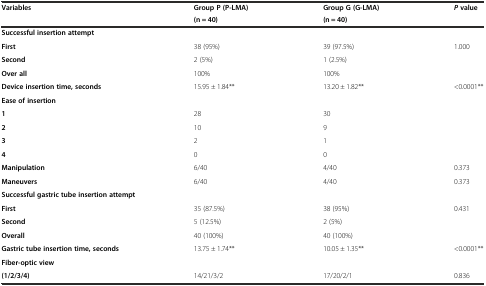
<table><thead><tr><td rowspan="2"><b>Variables</b></td><td><b>Group P (P-LMA)</b></td><td><b>Group G (G-LMA)</b></td><td><b><i>P</i>value</b></td></tr><tr><td><b>(n = 40)</b></td><td><b>(n = 40)</b></td><td></td></tr></thead><tbody><tr><td colspan="4"><b>Successful insertion attempt</b></td></tr><tr><td><b>First</b></td><td>38 (95%)</td><td>39 (97.5%)</td><td>1.000</td></tr><tr><td><b>Second</b></td><td>2 (5%)</td><td>1 (2.5%)</td><td></td></tr><tr><td><b>Over all</b></td><td>100%</td><td>100%</td><td></td></tr><tr><td><b>Device insertion time, seconds</b></td><td>15.95 ± 1.84**</td><td>13.20 ± 1.82**</td><td>&lt;0.0001**</td></tr><tr><td><b>Ease of insertion</b></td><td></td><td></td><td></td></tr><tr><td><b>1</b></td><td>28</td><td>30</td><td></td></tr><tr><td><b>2</b></td><td>10</td><td>9</td><td></td></tr><tr><td><b>3</b></td><td>2</td><td>1</td><td></td></tr><tr><td><b>4</b></td><td>0</td><td>0</td><td></td></tr><tr><td><b>Manipulation</b></td><td>6/40</td><td>4/40</td><td>0.373</td></tr><tr><td><b>Maneuvers</b></td><td>6/40</td><td>4/40</td><td>0.373</td></tr><tr><td colspan="4"><b>Successful gastric tube insertion attempt</b></td></tr><tr><td><b>First</b></td><td>35 (87.5%)</td><td>38 (95%)</td><td>0.431</td></tr><tr><td><b>Second</b></td><td>5 (12.5%)</td><td>2 (5%)</td><td></td></tr><tr><td><b>Overall</b></td><td>40 (100%)</td><td>40 (100%)</td><td></td></tr><tr><td><b>Gastric tube insertion time, seconds</b></td><td>13.75 ± 1.74**</td><td>10.05 ± 1.35**</td><td>&lt;0.0001**</td></tr><tr><td><b>Fiber-optic view</b></td><td></td><td></td><td></td></tr><tr><td><b>(1/2/3/4)</b></td><td>14/21/3/2</td><td>17/20/2/1</td><td>0.836</td></tr></tbody></table>